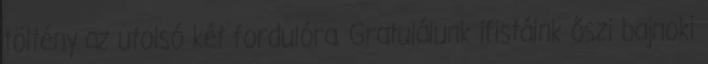
töltény az utolsó két fordulóra. Gratulálunk ifistáink őszi bajnoki